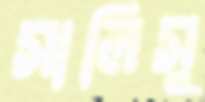
সালিসু